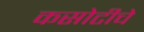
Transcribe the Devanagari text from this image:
कसोटीचे